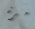
مرة